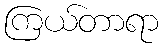
ကြယ်တာရာ